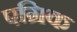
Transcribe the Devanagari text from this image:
एग्रिक